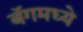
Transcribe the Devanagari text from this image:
बॅगमध्ये